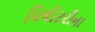
મિલીટરીના